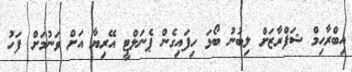
އިބްރާހިމް ޝަފްރާޒަށް ލިބުނު ބޯޅަ ހިފައިގެން ޕެނަލްޓީ އޭރިޔާ އަށް ވަނުމަށް ފަހު